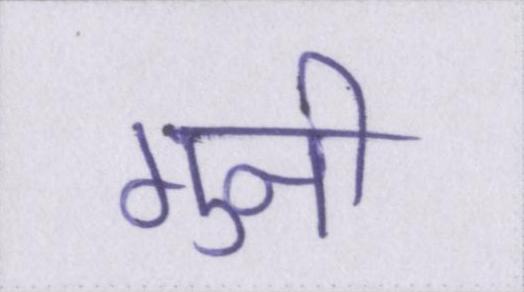
गुनी